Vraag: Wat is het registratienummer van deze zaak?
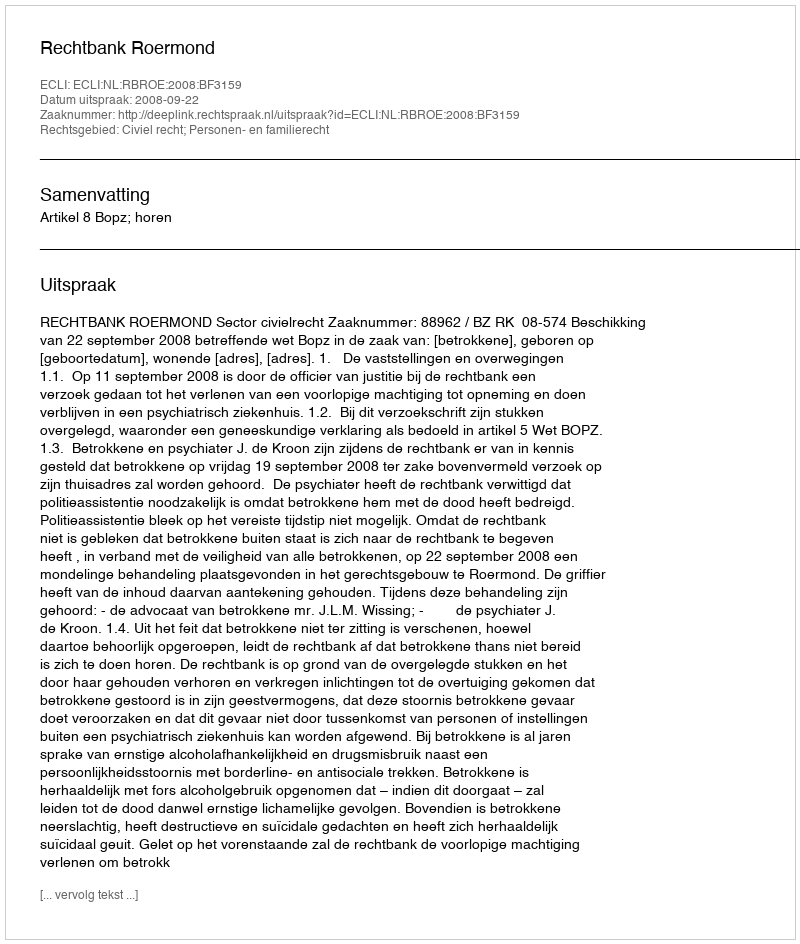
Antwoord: http://deeplink.rechtspraak.nl/uitspraak?id=ECLI:NL:RBROE:2008:BF3159